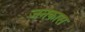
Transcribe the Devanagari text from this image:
जनकास